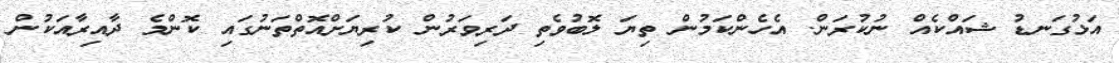
އަޅުގަނޑު ޝައްކެއް ނުކުރަން. އެހެންކަމުން ތިޔަ ލޮބުވެތި ދަރިވަރުން ކުރިޔަށްއޮތްތަނުގައި ކޮންމެ ދާއިރާއަކުން